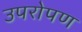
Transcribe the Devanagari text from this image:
उपरोपण